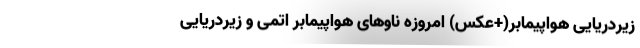
زیردریایی‌ هواپیمابر(+عکس) امروزه ناوهای هواپیمابر اتمی و زیردریایی